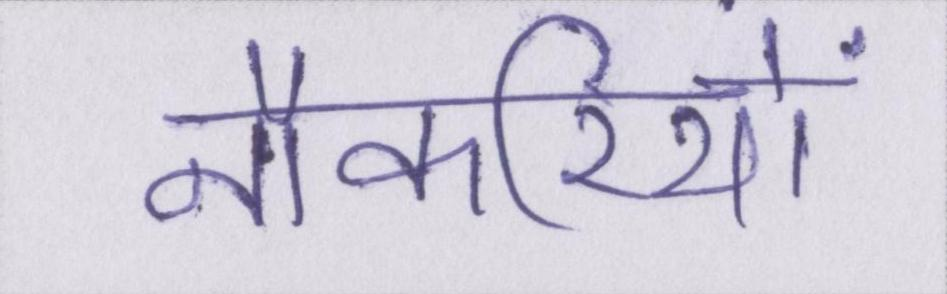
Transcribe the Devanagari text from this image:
नौकरियों